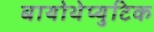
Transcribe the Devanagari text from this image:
बायोथेप्युटिक